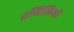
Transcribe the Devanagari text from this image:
तब्दिलियों